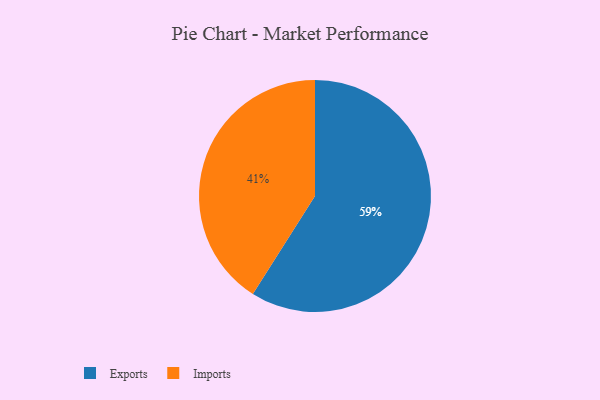
{"axis": {"x": "Category", "y": "Percentage"}, "legend": ["Exports", "Imports"], "data": [{"x": "Imports", "y": 41, "type": "Imports"}, {"x": "Exports", "y": 59, "type": "Exports"}]}